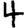
Digit: 4